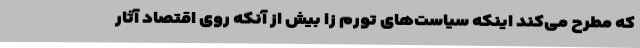
که مطرح می‌کند اینکه سیاست‌های تورم زا بیش از آنکه روی اقتصاد آثار